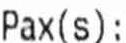
PAX(S):